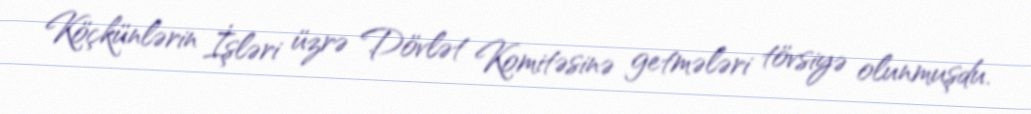
Köçkünlərin İşləri üzrə Dövlət Komitəsinə getmələri tövsiyə olunmuşdu.